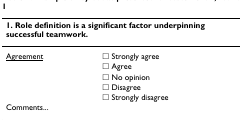
<table><thead><tr><td colspan="2"><b>1. Role definition is a significant factor underpinning successful teamwork.</b></td></tr></thead><tbody><tr><td><underline>Agreement</underline></td><td>□ Strongly agree</td></tr><tr><td></td><td>□ Agree</td></tr><tr><td></td><td>□ No opinion</td></tr><tr><td></td><td>□ Disagree</td></tr><tr><td></td><td>□ Strongly disagree</td></tr><tr><td>Comments...</td><td></td></tr></tbody></table>